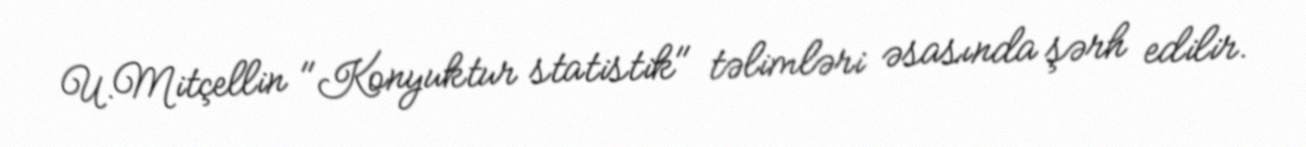
U.Mitçellin "Konyuktur statistik" təlimləri əsasında şərh edilir.